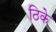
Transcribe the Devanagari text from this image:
ठिके